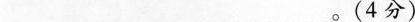
___。(4分)